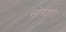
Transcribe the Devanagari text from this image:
सोबइते